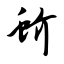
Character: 蚧